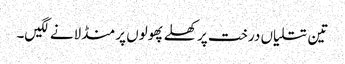
تین تتلیاں درخت پر کھلے پھولوں پر منڈلانے لگیں۔